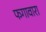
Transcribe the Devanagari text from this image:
फगावारा